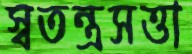
স্বতন্ত্রসত্তা